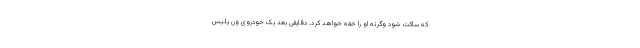
که ساکت شود وگرنه او را خفه خواهد کرد. دقایقی بعد یک خودروی ون پلیس